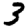
Digit: 3